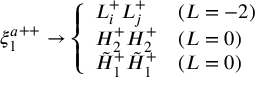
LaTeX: { \xi _ { 1 } ^ { a } } ^ { + + } \rightarrow \left\{ \begin{array} { l l } { { L _ { i } ^ { + } L _ { j } ^ { + } } } & { { ( L = - 2 ) } } \\ { { H _ { 2 } ^ { + } H _ { 2 } ^ { + } } } & { { ( L = 0 ) } } \\ { { \tilde { H } _ { 1 } ^ { + } \tilde { H } _ { 1 } ^ { + } } } & { { ( L = 0 ) } } \end{array} \right.